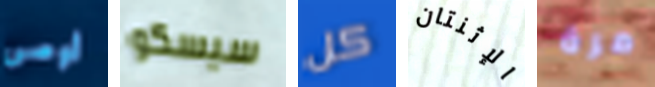
أوصى سيسكو كل الإثنتان مرة